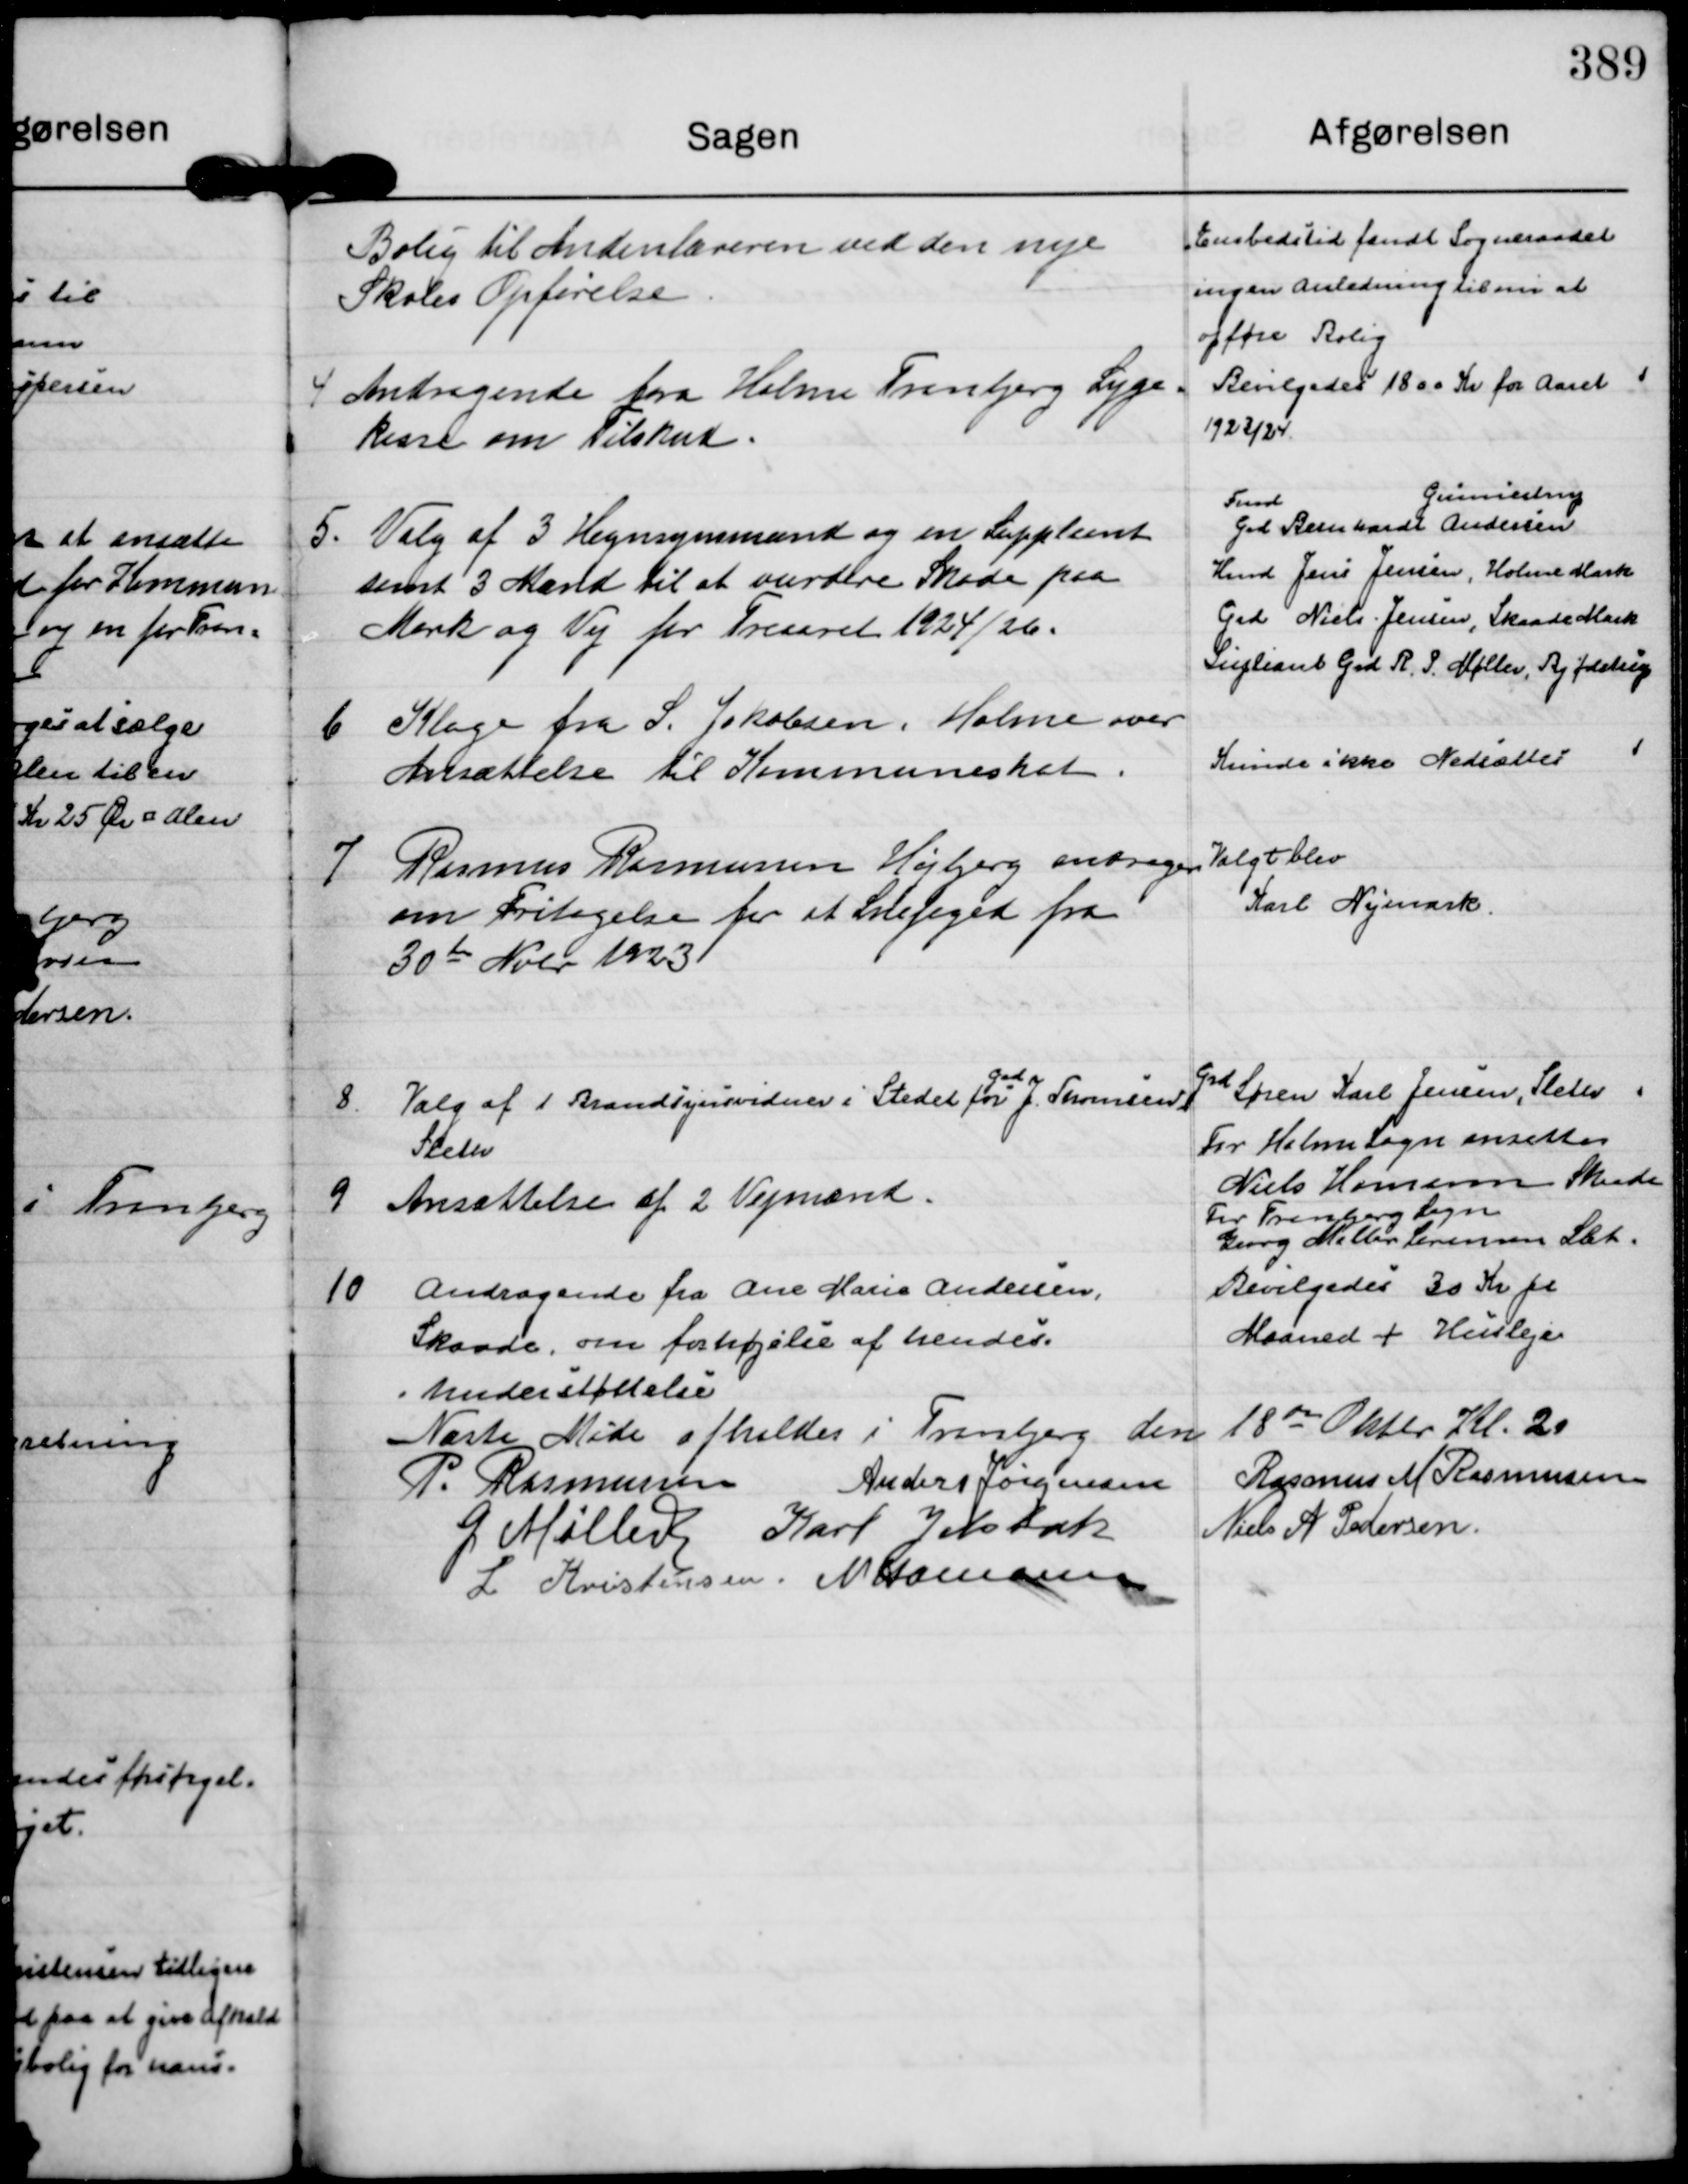
Transskription:
Bolig til Andenlæreren ved den nye
Skoles Opførelse.

Embedstid fandt Sogneraadet
ingen Anledning til nu at
opføre Bolig

4
Andragende fra Holme Tranbjerg Syge=
kasse om Tilskud.

Bevilgedes 1800 Kr for Aaret
1923/24.

5.
Valg af 3 Hegnsynsmænd og en Suppleant
samt 3 Mænd til at vurdere Skade paa
Mark og Vej for Treaaret 1924/26.

Fmd
Grd Bernhardt Andersen
Gunnestrup
Hmd Jens Jensen, Holme Mark
Grd Niels . Jensen, Skaade Mark
Supleant Grd R. P. Møller, Bjødstrup

6
Klage fra S. Jakobsen, Holme over
Ansættelse til Kommuneskat.

Kunde ikke Nedsættes

7
Rasmus Rasmussen Højbjerg andrager
om Fritagelse for at Snefoged fra
30 te Nobr 1923

Valgt blev
Karl Nymark.

8.
Valg af 1 Brandsynsvidner i Stedet for
Grd
J. Thomsen
Sleth

Grd
Søren Karl Jensen, Sleth

9
Ansættelse af 2 Vejmænd.

For Holme Sogn ansattes
Niels Hamann Skaade
For Tranbjerg Sogn
Georg Møller Sørensen Slet.

10
Andragende fra Ane Marie Andersen,
Skaade, om forhøjelse af hendes
understøttelse

Bevilgedes 30 Kr pr
Maaned + Husleje

Næste Møde afholdes i Tranbjerg den 18 de Oktbr Kl. 20
P. Rasmussen
Anders Jørgensen
Rasmus M Rasmussen
G. Møller
Karl Jelsbak
Niels A Pedersen.
L Kristensen.
N Hamann